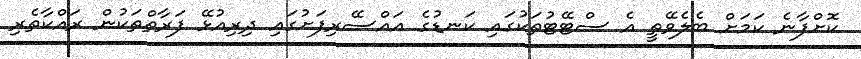
ކޮށްފާނެ ކަމަށް ބެލެވޭތީ އެ ސްޓޭޓުތަކުގައި ކަނޑުގެ އައްސޭރިފަށުގައި ދިރިއުޅޭ ފަރާތްތަކުން ރައްކާތެރި